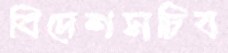
বিদেশসচিব